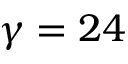
\gamma = 2 4